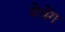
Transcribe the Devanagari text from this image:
येचेंग